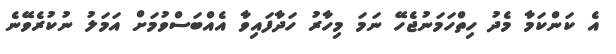
އެ ކަންކަމާ މެދު ހިތްހަމަނުޖެހޭ ނަމަ މިހާރު ހަދާފައިވާ އެއްބަސްވުމަށް އަމަލު ނުކުރެވޭނެ